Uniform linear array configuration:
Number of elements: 24
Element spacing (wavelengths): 1
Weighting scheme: cosine
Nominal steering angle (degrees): -15
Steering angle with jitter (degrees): -15.634
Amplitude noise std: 0.05
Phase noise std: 0.05

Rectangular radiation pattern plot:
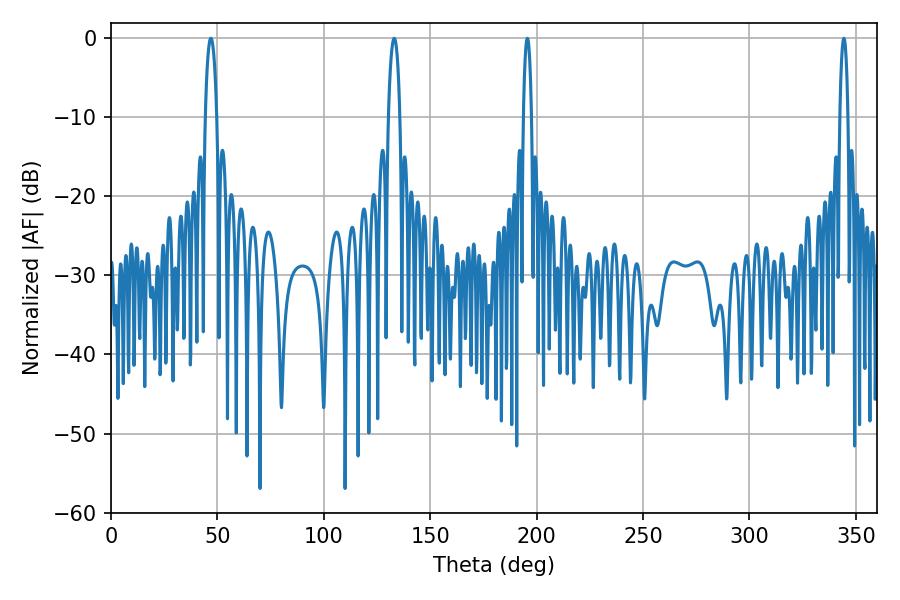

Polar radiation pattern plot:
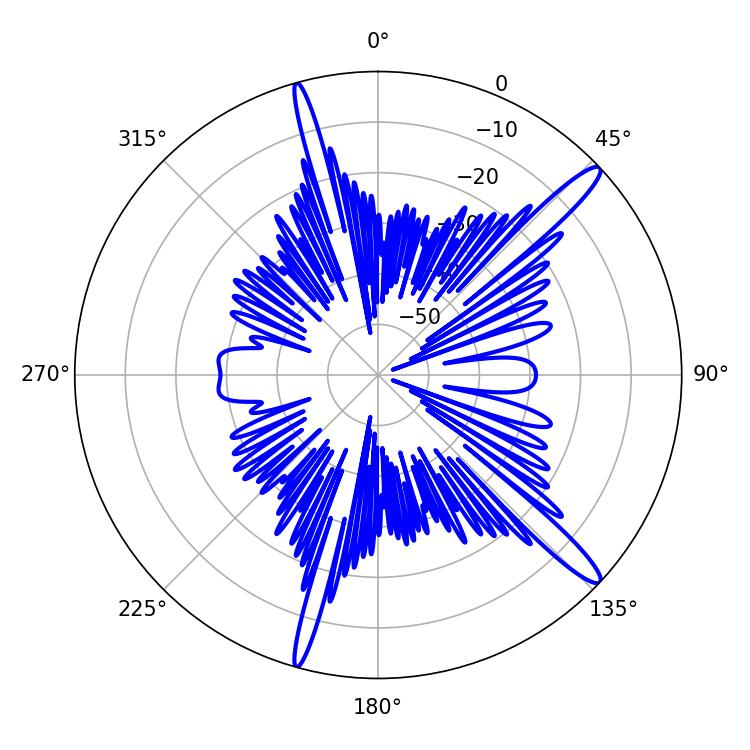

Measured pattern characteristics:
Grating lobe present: TRUE
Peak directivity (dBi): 14.853
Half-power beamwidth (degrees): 2.16
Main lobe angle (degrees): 195.66